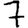
Digit: 7